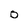
Character: O